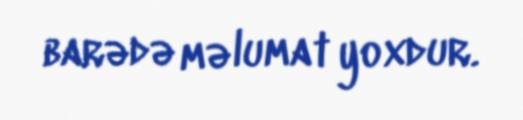
barədə məlumat yoxdur.